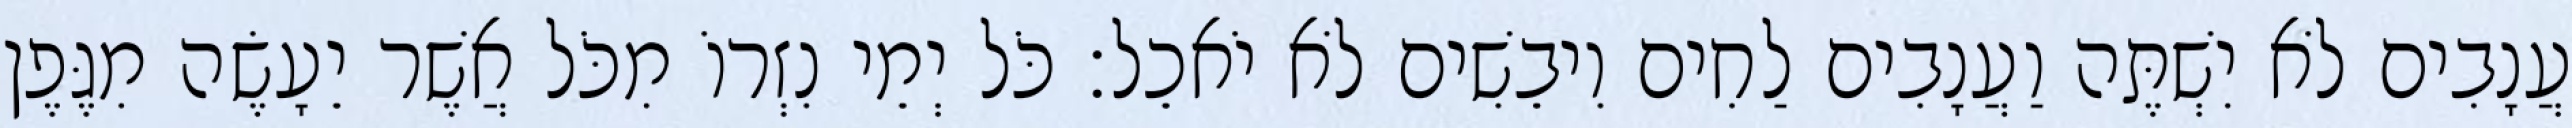
עֲנָבִים לֹא יִשְׁתֶּה וַעֲנָבִים לַחִים וִיבֵשִׁים לֹא יֹאכֵל׃ כֹּל יְמֵי נִזְרוֹ מִכֹּל אֲשֶׁר יֵעָשֶׂה מִגֶּפֶן